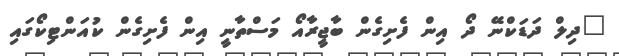
"ދިލް ދަޑަކްނޭ ދޯ އިން ފެށިގެން ބާޖީރާއޯ މަސްތާނީ އިން ފެށިގެން ކުއަންޓިކޯގައި